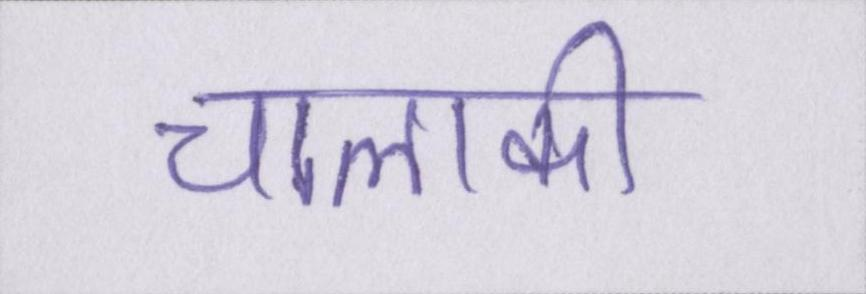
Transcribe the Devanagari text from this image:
चालाकी